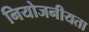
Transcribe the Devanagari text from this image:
नियोजनीयता